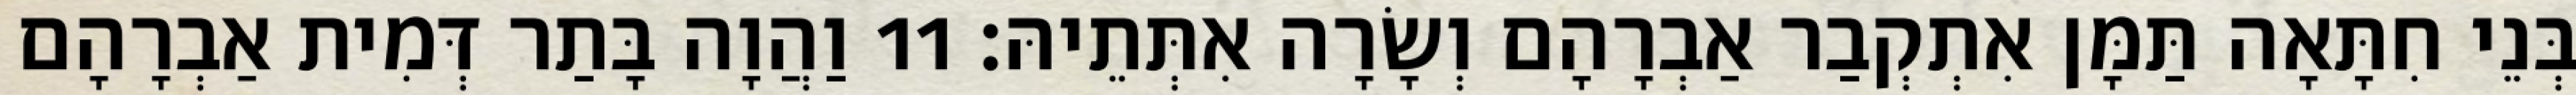
בְּנֵי חִתָּאָה תַּמָּן אִתְקְבַר אַבְרָהָם וְשָׂרָה אִתְּתֵיהּ׃ 11 וַהֲוָה בָּתַר דְּמִית אַבְרָהָם